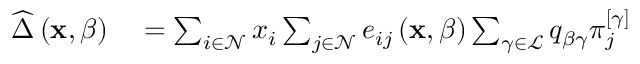
\begin{array} { r l } { \widehat { \Delta } \left( \mathbf { x } , \beta \right) } & { { } = \sum _ { i \in \mathcal { N } } x _ { i } \sum _ { j \in \mathcal { N } } e _ { i j } \left( \mathbf { x } , \beta \right) \sum _ { \gamma \in \mathcal { L } } q _ { \beta \gamma } \pi _ { j } ^ { \left[ \gamma \right] } } \end{array}